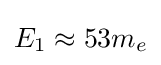
E_{1}\approx 53m_{e}